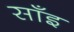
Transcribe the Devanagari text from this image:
साँइ